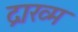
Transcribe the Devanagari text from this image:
द्राख्म